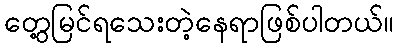
တွေ့မြင်ရသေးတဲ့နေရာဖြစ်ပါတယ်။